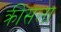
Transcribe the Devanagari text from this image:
क्रीसला